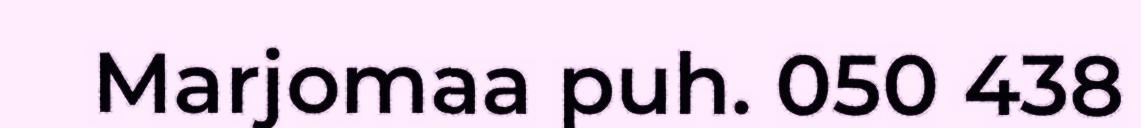
Marjomaa puh. 050 438